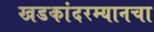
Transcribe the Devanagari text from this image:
खडकांदरम्यानचा